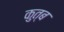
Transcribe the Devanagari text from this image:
कुत्ब